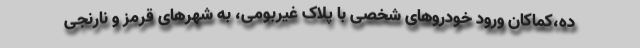
ده،کماکان ورود خودروهای شخصی با پلاک غیربومی، به شهرهای قرمز و نارنجی